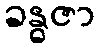
ခန္ဓဇာ